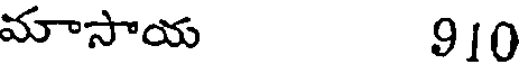
మాసాయ 910